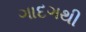
ગાદગથી